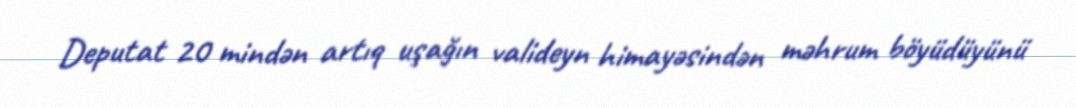
Deputat 20 mindən artıq uşağın valideyn himayəsindən məhrum böyüdüyünü